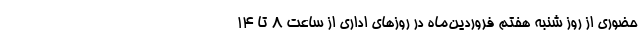
حضوری از روز شنبه هفتم فروردین‌ماه در روزهای اداری از ساعت ۸ تا ۱۴